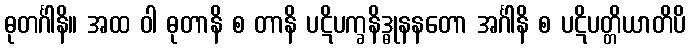
ဓုတင်္ဂါနိ။ အထ ဝါ ဓုတာနိ စ တာနိ ပဋိပက္ခနိဒ္ဓုနနတော အင်္ဂါနိ စ ပဋိပတ္တိယာတိပိ